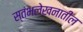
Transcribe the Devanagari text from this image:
स्तंभलेखनातील